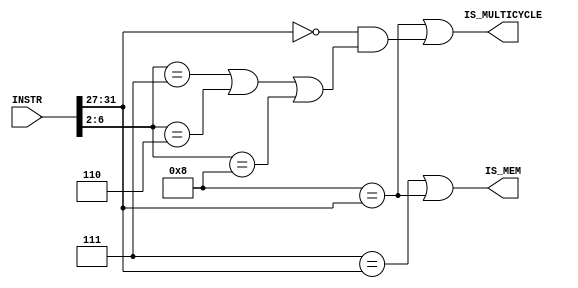
module IsMulticycle(input[31:0] INSTR, output IS_MULTICYCLE, output IS_MEM); 
    wire[4:0] LOAD  = 5'b01000;
    wire[4:0] STORE = 5'b00111;
    wire[4:0] MULT  = 5'b00110;
    wire[4:0] DIV   = 5'b00111;
    wire[4:0] RTYPE = 5'b00000;
    wire[4:0] OPCODE = INSTR[31:27];
    wire[4:0] ALUOP = INSTR[6:2];

    wire[4:0] IS_LOAD = LOAD == OPCODE;
    assign IS_MEM = STORE == OPCODE | IS_LOAD;

    assign IS_MULTICYCLE = IS_LOAD | (OPCODE == RTYPE & (ALUOP == DIV | ALUOP == MULT | ALUOP == LOAD));
endmodule